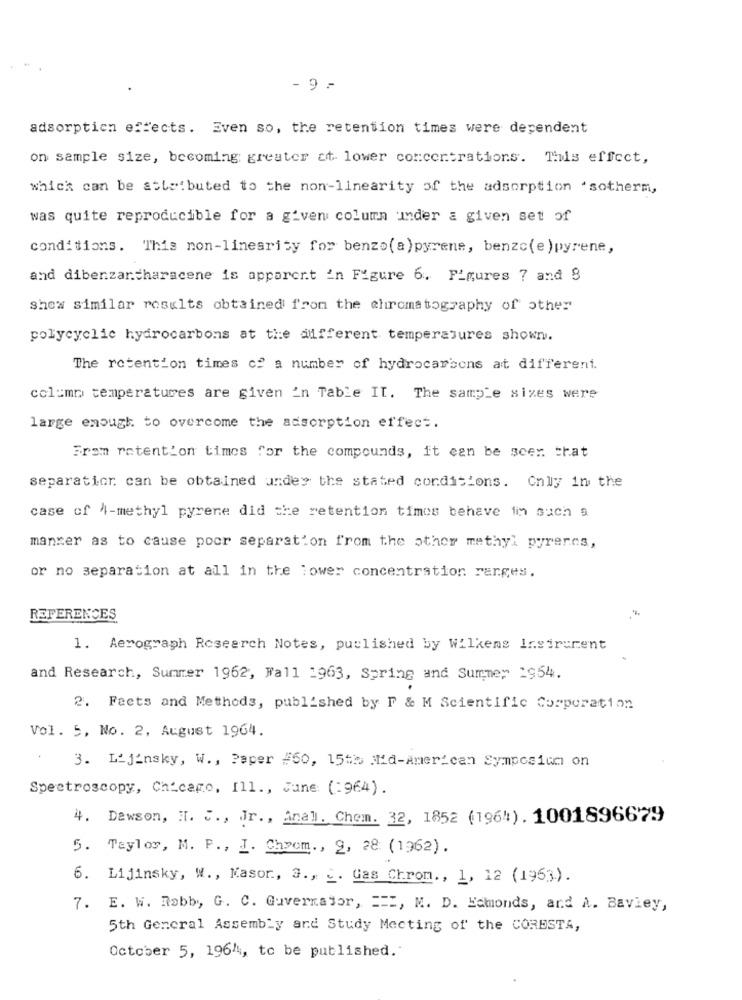
- 9 -
adsorption effects. Even so, the retention times were dependent
on sample size, becoming; greater at lower concentrations. This effect,
which can be attributed to the non-linearity of the adsorption 'sotherm,
was quite reproducible for a given column under a given set of
conditions. This non-linearity for benzo(a)pyrene, benzc(e)pyrene,
and dibenzantharscene is apparent in Figure 6. Figures 7 and 8
shew similar results obtained from the chromatography of other
polycyclic hydrocarbons at the different temperatures shown.
The retention times co a number of hydrocarbons at different.
column temperatures are given in Table II. The sample sizes were
large enough to overcome the adsorption effect.
From retention times for the compounds, it can be scer. that
separatior can be obtained under the stated conditions. Only in the
case of 4-methyl pyrene did the retention times behave in such a
manger as to cause poor separation from the other methyl pyrencs,
or no separation at all in the lower concentration ranges.
REFERENCES
1. Aerograph Research Notes, published by Wilkens Insirurent
and Research, Summer 1962, Fall 1963, Spring and Summer 1954.
2. Facts and Methods, published by F & M Scientific Corporation
Vol. 5, No. 2, August 1964.
3. Lijinsky, W ., Paper #60, 15th Mid-American Symposium on
Spectroscopy, Chicago, Ill ., June: (:964).
4. Dawson, H. C ., Jr ., Anall. Chem. 32, 1852 (1964). 1001896679
5. Taylor, M. F ., I. Chpom ., 2, 28: (1962).
6. Lijinsky, W ., Kasor ., a ., c. Gas Chrom ., 1, 12 (1963.).
7. E. W. Robb, G. C. Guvermajor, ===, M. D. Hamonds, and A. Baviey,
5th General Assembly and Study Meeting of the CORESTA,
October 5, 19644, to be published.